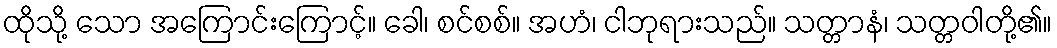
ထိုသို့ သော အကြောင်းကြောင့်။ ခေါ၊ စင်စစ်။ အဟံ၊ ငါဘုရားသည်။ သတ္တာနံ၊ သတ္တဝါတို့၏။